Report on sanitation, dispensaries, and jails in Rajputana for 1917, and on vaccination for the year 1917-1918 - 1917-1918
Year: 1917
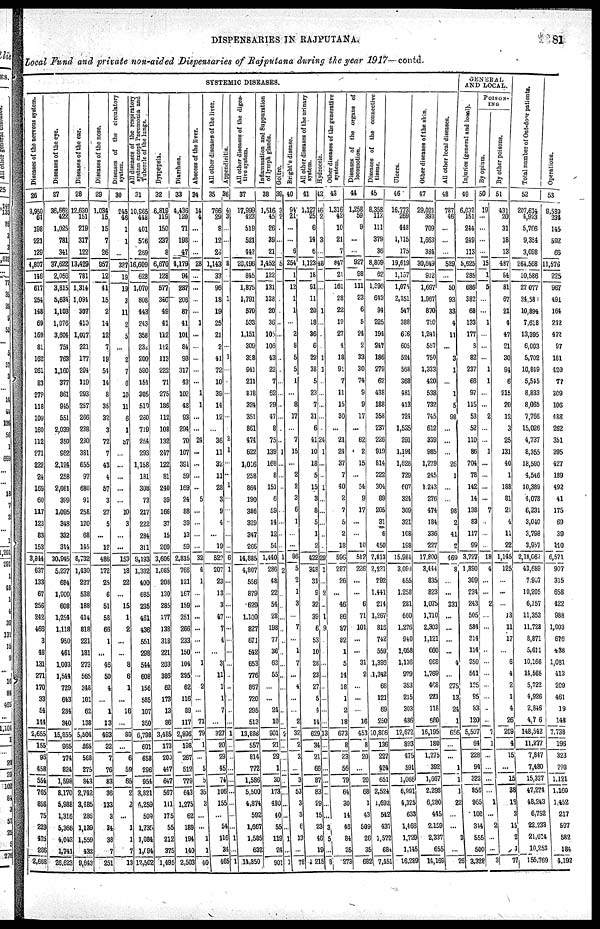
DISPENSARIES IN RAJPUTANA.
81
Local Fund and private non-aided Dispensaries of Rajputana during the year 1917—contd.
SYSTEMIC DISEASES.
Diseases of the nervous
system.
26
3,950
64
198
221
129
4,807
146
617
254
148
69
169
81
162
261
83
279
118
109
160
112
271
222
24
169
60
117
123
83
153
3,844
637
133
67
256
242
466
3
48
131
271
170
33
54
144
2,655
155
96
458
554
765
858
75
229
475
266
2,668
Diseases of the eye.
27
36,682
422
1,025
781
341
37,622
2,056
3,815
5,634
1,103
1,076
3,604
754
763
1,160
377
861
945
551
2,039
350
962
2,124
258
2,081
399
1,095
348
332
314
30,945
5,237
684
1,000
608
1,254
1,118
950
461
1,003
1,544
729
643
284
340
15,855
965
774
824
1,598
8,170
5,988
1,316
5,366
4,642
1,741
26,623
Diseases of the ear.
28
12,630
151
219
317
122
13,429
781
1,314
1,091
307
410
1,017
221
177
294
119
293
257
266
238
230
381
655
97
680
91
258
120
68
145
8,732
1,430
227
538
188
414
818
221
181
273
565
348
101
62
138
5,504
265
568
275
843
2,742
3,485
286
1,139
1,559
432
9,643
Diseases of the nose.
29
1,034
15
15
7
26
957
12
41
15
2
14
12
7
19
54
14
8
35
32
3
72
7
43
4
57
3
27
5
...
12
486
172
25
6
51
58
66
1
...
46
50
4
...
1
13
493
32
7
76
83
36
133
3
34
36
7
251
Diseases of the circulatory
system.
30
245
46
1
1
...
327
19
19
3
11
2
5
...
2
7
6
10
11
6
1
57
...
...
...
...
...
10
3
...
...
153
18
22
...
15
1
2
...
...
8
6
1
...
16
...
89
...
6
59
65
2
2
...
1
1
7
13
All diseases of the respiratory
system except Pneumonia and
Tubercle of the lungs.
31
10,965
448
401
576
269
16,609
628
1,070
808
443
243
358
232
200
590
154
305
510
260
719
254
293
1,158
181
308
73
217
222
284
311
9,193
1,382
400
685
235
461
436
551
298
544
608
156
585
107
350
6,798
601
658
296
954
3,821
4,259
509
1,735
1,084
1,094
12,502
Dyspepsia.
32
6,819
119
150
237
8
6,670
128
577
340
49
41
112
112
113
222
71
275
186
112
108
132
247
122
81
240
39
166
37
15
209
3,606
1,085
208
130
285
177
138
318
221
203
386
62
173
13
86
3,485
173
200
447
647
567
111
175
55
212
375
1,495
Diarrhœa.
33
4,436
120
71
198
47
4,179
94
287
206
87
41
101
84
93
317
43
102
48
93
294
70
107
391
59
169
24
88
39
13
59
2,815
766
121
167
159
251
266
233
150
104
295
62
116
89
117
2,896
198
267
512
779
643
1,275
62
189
194
140
2,503
Abscess of the liver.
34
14
4
...
...
...
28
...
...
...
...
1
...
...
...
...
...
1
1
...
...
24
...
...
...
...
5
...
...
...
...
32
4
1
...
...
...
...
...
...
1
...
2
...
...
71
79
1
...
5
5
35
3
...
...
1
1
40
All other diseases of the liver.
35
766
29
8
12
28
1,143
33
96
18
19
25
21
2
41
72
10
39
14
12
...
36
11
32
11
28
3
9
4
...
19
522
207
23
13
3
47
7
4
...
3
11
1
1
7
...
327
20
29
45
74
106
155
...
54
116
34
465
Appendicitis.
36
4
3
...
...
...
8
...
...
1
...
...
...
...
1
...
...
...
...
...
...
2
1
...
...
1
...
...
...
...
...
6
1
...
...
...
...
...
...
...
...
...
...
...
...
...
1
...
...
...
...
...
...
...
...
1
...
1
All other diseases of the diges-
tive system.
37
17,999
423
519
521
442
20,496
845
1,875
1,791
570
533
1,151
309
398
941
211
818
324
351
861
474
622
1,016
258
864
190
386
329
347
266
14,885
4,807
556
879
629
1,100
827
671
542
653
776
867
720
295
513
13,888
557
814
772
1,586
5,500
4,874
592
1,667
1,585
632
14,850
Inflammation and Suppuration
of lymph glands.
38
1,516
45
26
39
21
1,452
122
131
138
20
36
105
106
43
22
7
62
29
47
8
75
139
168.
8
151
6
59
14
12
54
1,440
286
48
22
54
28
198
77
36
63
55
...
...
24
10
901
21
29
1
30
173
490
40
55
119
24
901
Goitre.
39
3
2
...
...
...
5
...
...
...
...
...
...
...
...
...
...
...
...
...
...
...
1
...
...
...
...
...
...
...
...
1
2
...
...
...
...
...
...
...
...
...
...
...
...
...
2
...
...
...
...
...
...
...
...
1
...
1
Bright's disease.
40
94
21
...
...
6
254
1
12
1
1
...
2
8
5
5
1
...
8
17
...
7
15
...
2
2
3
6
1
...
...
96
5
2
1
3
...
7
...
1
7
...
4
...
...
2
32
2
3
...
3
53
3
3
6
13
...
78
All other diseases of the urinary
system.
41
1,127
25
6
14
6
1,123
18
91
11
20
18
36
6
22
38
5
23
7
31
6
41
10
18
5
15
3
8
5
1
2
422
348
31
9
32
39
6
53
10
28
23
27
5
4
14
629
34
21
66
87
83
29
15
23
46
19
1,215
Hydrocele.
42
16
2
...
3
...
48
...
...
...
1
...
...
...
1
1
...
...
...
...
...
24
1
...
...
1
...
...
...
...
...
29
1
...
2
...
1
9
...
...
...
...
...
...
...
...
13
...
...
...
...
...
...
...
3
5
...
8
Other diseases of the generative
system.
43
1,316
42
10
21
7
847
21
161
28
22
19
27
4
18
91
7
11
15
30
...
21
24
37
7
40
2
7
5
2
18
596
287
26
...
46
86
87
82
1
5
14
18
1
2
18
673
8
23
56
79
64
30
14
46
84
35
273
Diseases of the
organs of
locomotion.
44
1,258
59
9
...
...
927
98
111
23
6
5
24
2
33
30
74
9
9
17
...
62
2
15
...
54
9
17
...
...
10
512
226
...
...
6
71
101
...
...
31
2
...
...
...
16
453
8
20
...
20
68
1
43
509
26
35
682
D i s e a s e s
of
tissue.
45
8,358
113
111
379
36
8,809
62
1,396
643
94
225
194
247
186
279
62
438
188
358
237
226
919
814
222
304
89
205
31
6
450
7,813
2,231
292
1,441
214
1,267
816
742
559
1,396
1,342
66
121
69
250
10,806
136
227
424
651
2,524
1,692
542
437
1,572
684
7,451
Ulcers.
46
16,773
269
448
1,115
175
19,619
1,157
1,075
2,351
547
388
666
605
524
568
368
481
413
724
1,535
291
1,194
1,628
729
607
324
309
321
108
198
15,981
3,099
655
1,258
281
660
1,276
940
1,058
1,136
979
353
215
303
486
12,672
893
475
591
1,066
6,991
4,325
633
1,466
1,729
1,145
16,289
Other diseases of the skin.
47
29,021
393
709
1,663
384
30,649
912
1,697
1,967
870
760
1,241
557
750
1,333
420
538
732
745
612
339
985
1,279
245
1,243
276
474
184
336
227
17,800
3,444
835
823
1,075
1,710
2,303
1,121
660
968
1,769
408
221
118
680
16,195
180
1,275
392
1,667
2,298
6,280
445
2,159
2,337
655
14,169
All other local diseases.
48
787
46
...
...
...
529
...
50
93
33
4
11
...
3
1
...
1
5
98
...
...
...
26
1
...
...
98
2
41
2
469
8
...
...
331
...
...
...
...
4
...
275
13
24
1
656
...
...
1
1
1
22
...
...
3
...
26
GENERAL
AND LOCAL.
Injuries (general and local).
49
6,032
151
244
219
113
5,625
285
686
382
68
133
177
8
82
237
66
97
115
53
52
110
86
704
78
142
14
138
83
117
99
3,727
1,890
309
234
243
505
584
214
114
350
541
125
95
83
120
5,507
64
228
94
322
856
965
108
314
555
500
3,328
POISON¬
ING
By opium.
50
19
...
...
...
...
15
1
5
...
...
1
...
...
...
1
1
...
...
2
...
...
1
...
...
...
...
7
...
...
...
18
4
...
...
2
...
...
...
...
...
...
...
...
...
...
7
1
...
...
...
...
1
...
2
...
...
3
By other poisons.
51
431
20
31
18
13
487
84
81
67
21
4
47
21
30
94
6
215
20
12
3
25
131
40
1
188
81
21
4
11
22
1,145
125
...
...
...
13
11
17
...
6
4
2
1
4
26
209
4
15
... 15
38
18
3
15
2
1
77
Total number of Out-door patients.
52
207,614
4,923
5,706
9,354
3,098
264,568
10,586
27,077
24,581
10,894
7,618
13,395
6,003
5,702
10,849
5,545
8,833
8,065
7,766
15,026
4,737
8,355
18,590
4,546
10,389
4,078
6,231
3,040
3,798
3,957
2,18,062
43,689
7,907
10,205
6,157
11,353
11,728
8,871
5,611
10,166
14,565
5,722
4,926
2,846
4,706
148,542
11,277
7,817
7,480
15,327
47,274
48,243
6,752
22,233
21,014
10,253
155,769
Operations.
53
9 589
234
145
592
66
11,576
225
967
491
164
242
472
97
181
420
77
309
106
488
262
351
395
427
189
492
41
175
69
39
110
6,571
907
315
658
422
988
1,003
676
438
1,081
413
209
461
19
148
7,738
196
323
798
1,121
1,160
1,452
217
597
582
184
4,192